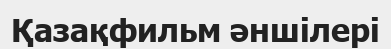
Қазақфильм әншілері